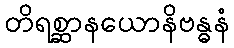
တိရစ္ဆာနယောနိဗန္ဓနံ